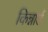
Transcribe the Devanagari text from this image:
किन्नार्ड